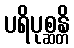
ပရိပုစ္ဆန္တိ